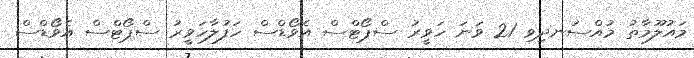
މައުލޫމާތު މުއްސަނދިވި 21 ވަނަ ހަވީރު ސްޕޯޓްސް އެވޯޑްސް ހަފުލާހަވީރު ސްޕޯޓްސް އެވޯޑްސް